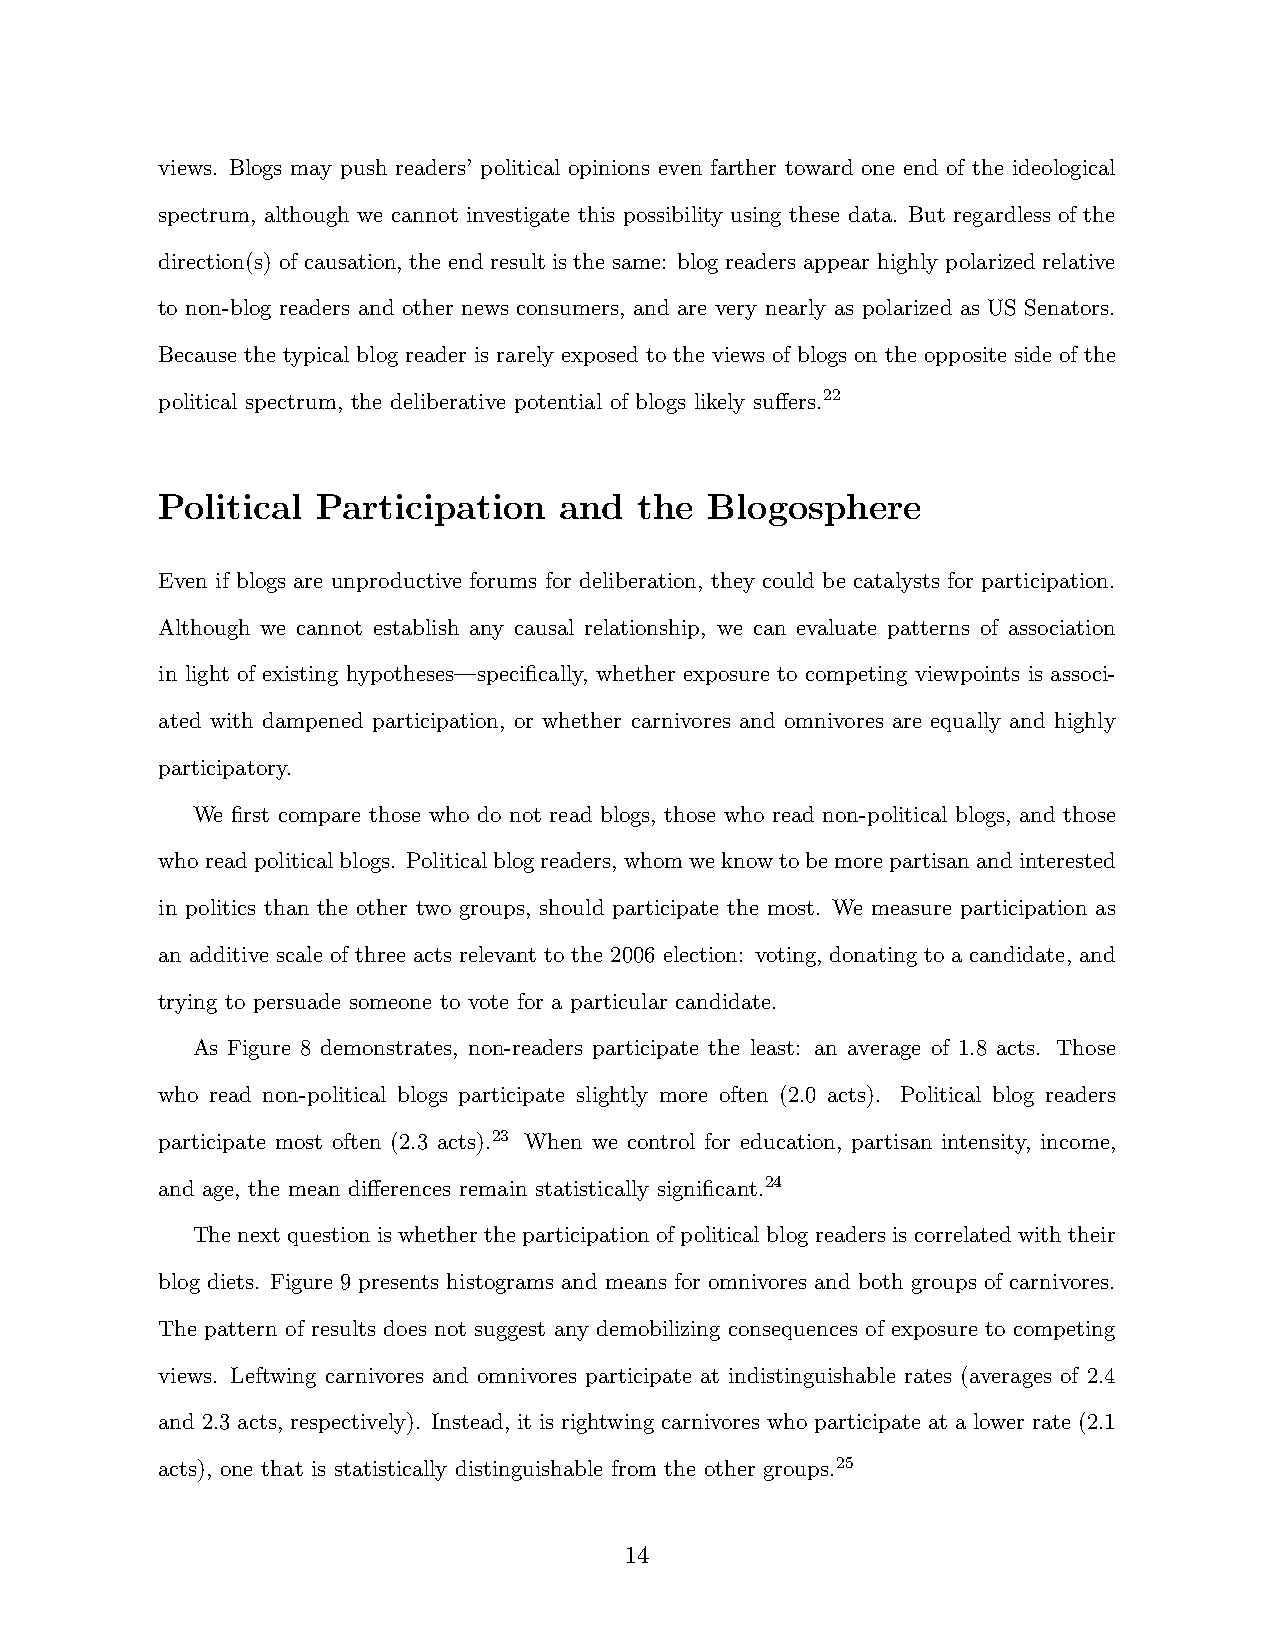
views. Blogs may push readers’ political opinions even farther toward one end of the ideological
 spectrum, although we cannot investigate this possibility using these data. But regardless of the
 direction(s) of causation, the end result is the same: blog readers appear highly polarized relative
 to non-blog readers and other news consumers, and are very nearly as polarized as US Senators.
 Because the typical blog reader is rarely exposed to the views of blogs on the opposite side of the
 political spectrum, the deliberative potential of blogs likely suffers.22
 Political  Participation   and  the  Blogosphere
 Even if blogs are unproductive forums for deliberation, they could be catalysts for participation.
 Although we cannot establish any causal relationship, we can evaluate patterns of association
 in light of existing hypotheses—specifically, whether exposure to competing viewpoints is associ-
 ated with dampened participation, or whether carnivores and omnivores are equally and highly
 participatory.
 We first compare those who do not read blogs, those who read non-political blogs, and those
 whoreadpoliticalblogs. Politicalblogreaders,whomweknowtobemorepartisanandinterested
 in politics than the other two groups, should participate the most. We measure participation as
 an additive scale of three acts relevant to the 2006 election: voting, donating to a candidate, and
 trying to persuade someone to vote for a particular candidate.
 As Figure 8 demonstrates, non-readers participate the least: an average of 1.8 acts. Those
 who read non-political blogs participate slightly more often (2.0 acts). Political blog readers
 participate most often (2.3 acts).23 When we control for education, partisan intensity, income,
 and age, the mean differences remain statistically significant.24
 The next question is whether the participation of political blog readers is correlated with their
 blog diets. Figure 9 presents histograms and means for omnivores and both groups of carnivores.
 The pattern of results does not suggest any demobilizing consequences of exposure to competing
 views. Leftwing carnivores and omnivores participate at indistinguishable rates (averages of 2.4
 and 2.3 acts, respectively). Instead, it is rightwing carnivores who participate at a lower rate (2.1
 acts), one that is statistically distinguishable from the other groups.25
 14